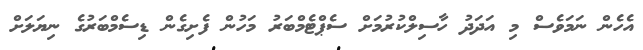
އެހެން ނަމަވެސް މި އަދަދު ހާސިލްކުރުމަށް ސެޕްޓެމްބަރު މަހުން ފެށިގެން ޑިސެމްބަރުގެ ނިޔަލަށް